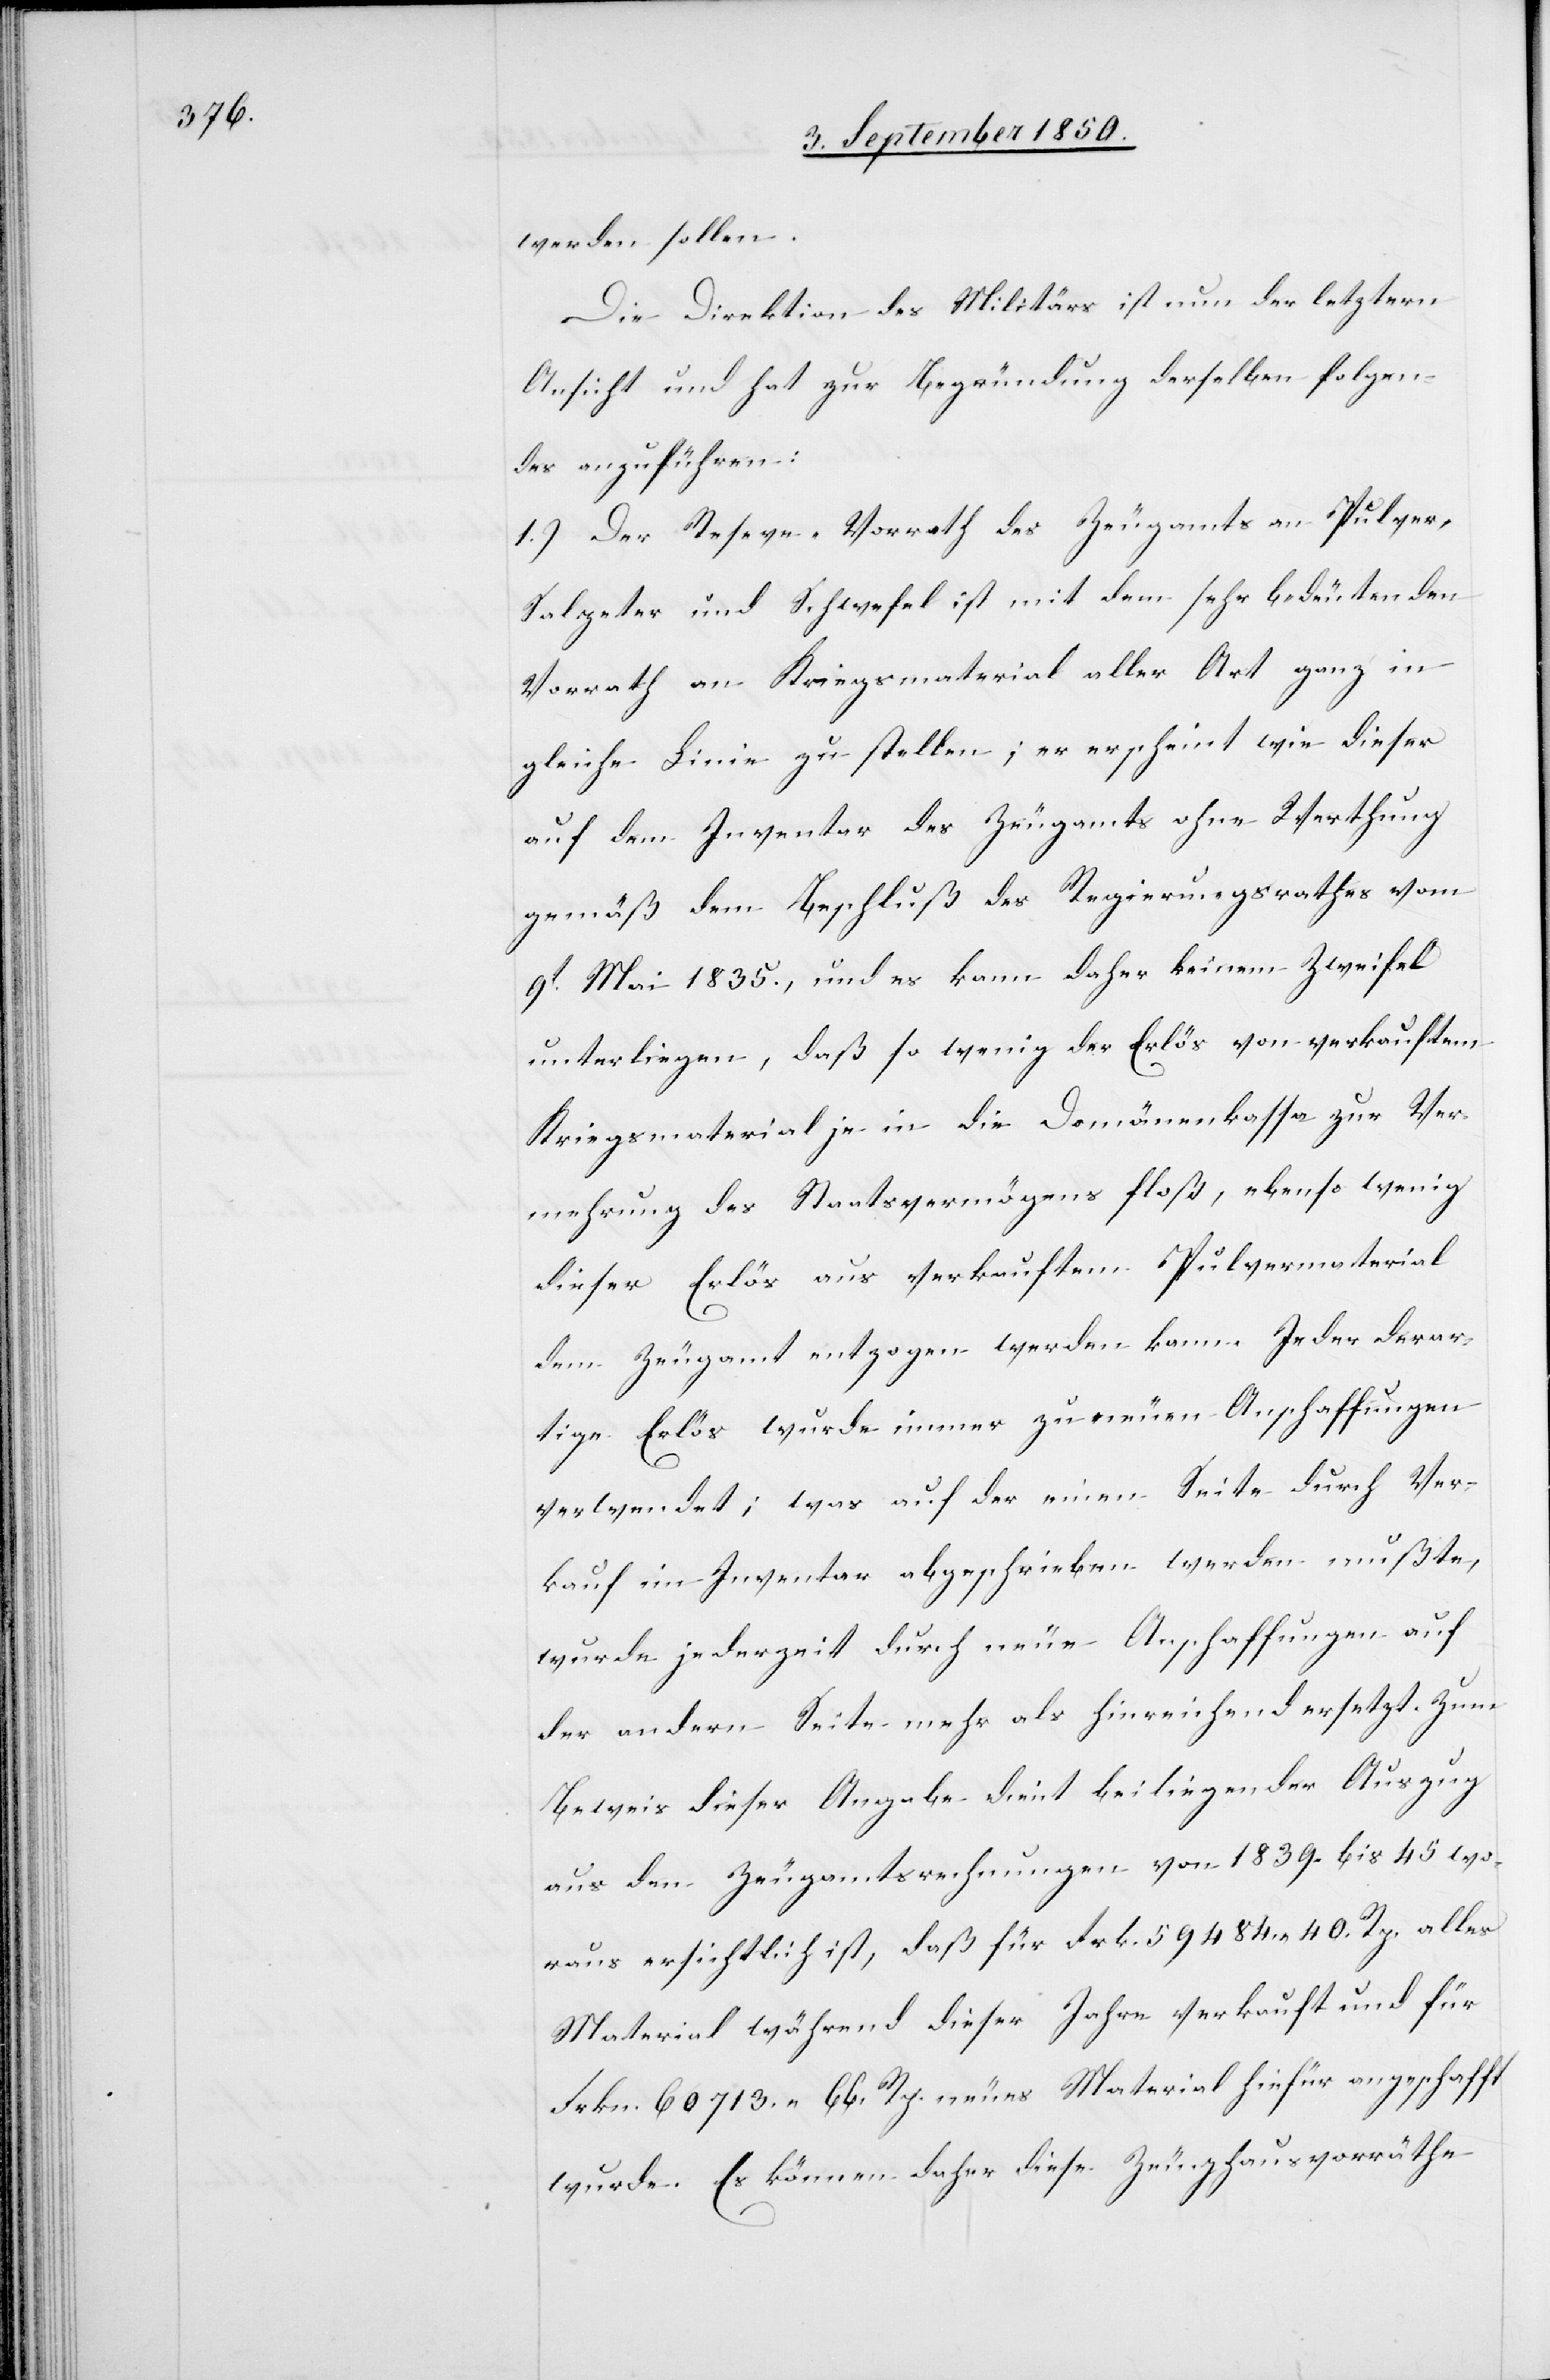
werden sollen.
Die Direktion des Militärs ist nun der letztern
Ansicht und hat zur Begründung derselben folgen¬
des anzuführen:
1.) Der Rese[r]ve-Vorrath des Zeugamts an Pulver,
Salpeter und Schwefel ist mit dem sehr bedeutenden
Vorrath an Kriegsmaterial aller Art ganz in
gleiche Linie zu stellen; er erscheint wie dieser
auf dem Inventar des Zeugamts ohne Werthung
gemäß dem Beschluß des Regierungsrathes vom
9t Mai 1835., und es kann daher keinem Zweifel
unterliegen, daß so weinig der Erlös von verkauftem
Kriegsmaterial je in die Domänenkassa zur Ver¬
mehrung des Staatsvermögens floß, ebenso wenig
dieser Erlös aus verkauftem Pulvermaterial
dem Zeugamt entzogen werden kann. Jeder derar¬
tige Erlös wurde immer zu neuen Anschaffungen
verwendet; was auf der einen Seite durch Ver¬
kauf im Inventar abgeschrieben werden mußte,
wurde jederzeit durch neue Anschaffungen auf
der andern Seite mehr als hinreichend ersetzt. Zum
Beweis dieser Angabe dient beiliegender Auszug
aus den Zeugamtsrechnungen von 1839. bis 45 wo¬
raus ersichtlich ist, daß für Frk. 59 484. 40. Rp. alles
Material während dieser Jahre verkauft und für
Frkn. 60 713. 66. Rp. neues Material hiefür angeschafft
wurde. Es können daher diese Zeughausvorräthe